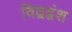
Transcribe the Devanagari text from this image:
विद्वद्वंश